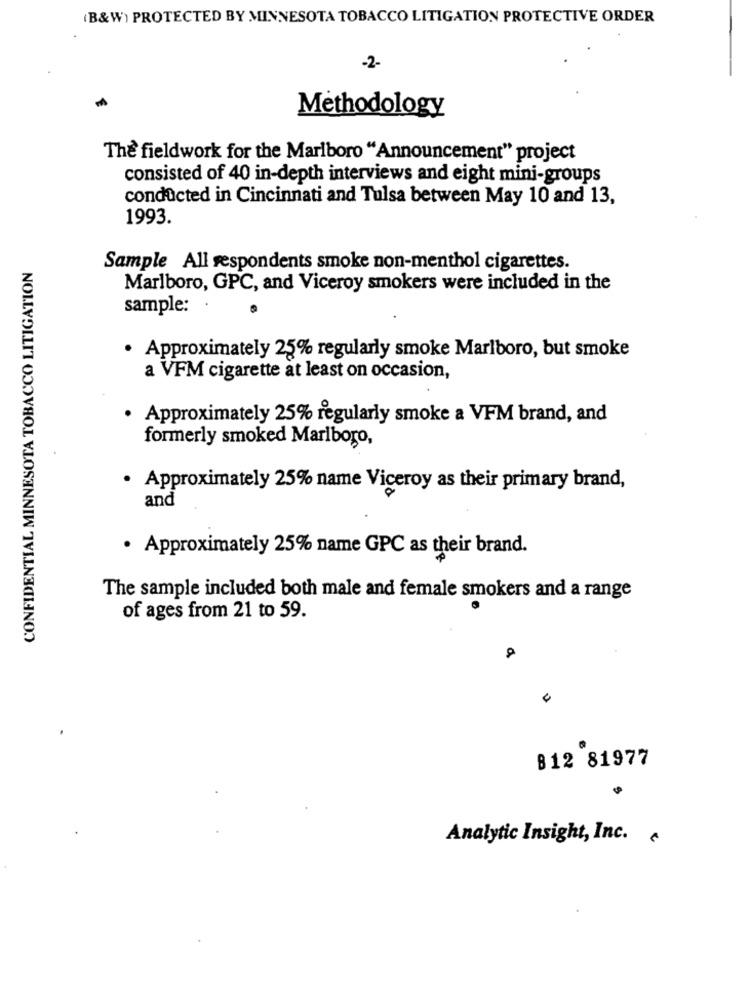
(B&W) PROTECTED BY MINNESOTA TOBACCO LITIGATION PROTECTIVE ORDER
-2-
Methodology
The fieldwork for the Marlboro "Announcement" project
consisted of 40 in-depth interviews and eight mini-groups
conducted in Cincinnati and Tulsa between May 10 and 13,
1993.
CONFIDENTIAL MINNESOTA TOBACCO LITIGATION
Sample All respondents smoke non-menthol cigarettes.
Marlboro, GPC, and Viceroy smokers were included in the
sample:
· Approximately 25% regularly smoke Marlboro, but smoke
a VFM cigarette at least on occasion,
· Approximately 25% regularly smoke a VFM brand, and
formerly smoked Marlboro,
· Approximately 25% name Viceroy as their primary brand,
and
. Approximately 25% name GPC as their brand.
The sample included both male and female smokers and a range
of ages from 21 to 59.
812 81977
Analytic Insight, Inc.